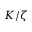
K / \zeta